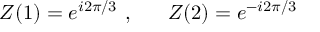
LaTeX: Z ( 1 ) = e ^ { i 2 \pi / 3 } \ , \ \ \ \ \ Z ( 2 ) = e ^ { - i 2 \pi / 3 }